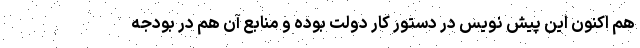
هم اکنون این پیش نویس در دستور کار دولت بوده و منابع آن هم در بودجه